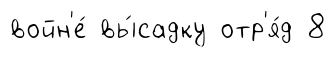
войн'е́ вы́садку отр'я́д 8